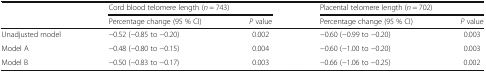
| <ROWSPAN=2>  | <COLSPAN=2> Cord blood telomere length (n = 743) | <COLSPAN=2> Placental telomere length (n = 702) |
 | Percentage change (95 % CI) | P value | Percentage change (95 % CI) | P value |
 | --- | --- | --- | --- | --- |
 | Unadjusted model | −0.52 (−0.85 to −0.20) | 0.002 | −0.60 (−0.99 to −0.20) | 0.003 |
 | Model A | −0.48 (−0.80 to −0.15) | 0.004 | −0.60 (−1.00 to −0.20) | 0.003 |
 | Model B | −0.50 (−0.83 to −0.17) | 0.003 | −0.66 (−1.06 to −0.25) | 0.002 |